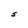
Character: S